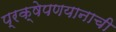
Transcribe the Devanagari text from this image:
प्रक्षेपणयानाची